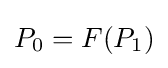
P_{0}=F(P_{1})